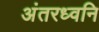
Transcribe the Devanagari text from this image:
अंतरध्वनि